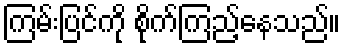
ကြမ်းပြင်ကို စိုက်ကြည့်နေသည်။